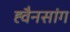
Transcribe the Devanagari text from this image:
ह्वैनसांग